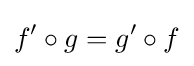
f'\circ g=g'\circ f